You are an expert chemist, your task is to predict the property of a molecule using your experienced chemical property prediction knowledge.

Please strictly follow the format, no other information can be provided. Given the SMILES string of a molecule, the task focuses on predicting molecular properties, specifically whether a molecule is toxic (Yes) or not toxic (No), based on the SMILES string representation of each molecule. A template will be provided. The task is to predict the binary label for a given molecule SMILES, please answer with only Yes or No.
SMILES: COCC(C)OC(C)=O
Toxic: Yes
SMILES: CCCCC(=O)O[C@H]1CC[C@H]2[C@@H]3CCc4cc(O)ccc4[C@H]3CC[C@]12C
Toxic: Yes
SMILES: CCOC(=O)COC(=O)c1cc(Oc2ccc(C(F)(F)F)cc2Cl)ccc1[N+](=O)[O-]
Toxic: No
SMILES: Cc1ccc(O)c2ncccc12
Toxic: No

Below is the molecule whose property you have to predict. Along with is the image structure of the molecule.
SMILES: CCCCOCCOC(=O)c1cccnc1
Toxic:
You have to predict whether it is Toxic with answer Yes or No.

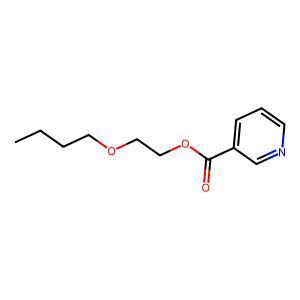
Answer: No